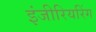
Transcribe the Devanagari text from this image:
इंजीरियरिंग